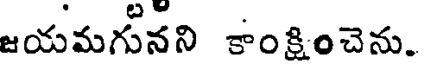
జయమగునని కాంక్షించెను.